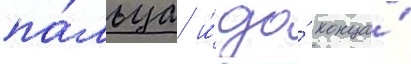
па́льца и́ до́ конца́